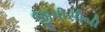
જીપીસીબી